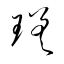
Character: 瑳